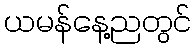
ယမန်နေ့ညတွင်